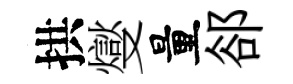
拱燮量郤